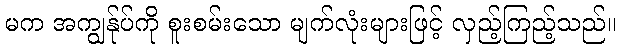
မက အကျွန်ုပ်ကို စူးစမ်းသော မျက်လုံးများဖြင့် လှည့်ကြည့်သည်။